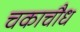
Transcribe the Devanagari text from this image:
चकाचौध